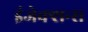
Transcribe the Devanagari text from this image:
इंजेक्शन्स